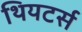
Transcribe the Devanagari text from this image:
थियटर्स